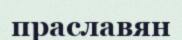
праславян